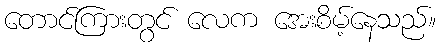
တောင်ကြားတွင် လေက အေးစိမ့်နေသည်။